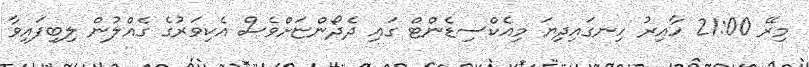
މިރޭ 21:00 ހާއިރު ހިނގައިދިޔަ މިއެކްސިޑެންޓް ގައި ދެދޯންޏަށްވެސް އެކިވަރުގެ ގެއްލުން ލިބިފައިވާ